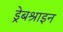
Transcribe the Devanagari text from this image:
ड्रेबश्राइन